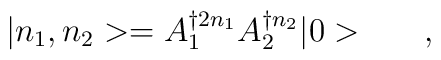
{}|n_1,n_2> = A_1^{\dagger 2{n_1}} A_2^{\dagger {n_2}} |0>\qquad,